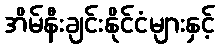
အိမ်နီးချင်းနိုင်ငံများနှင့်